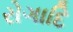
રોગાદિ